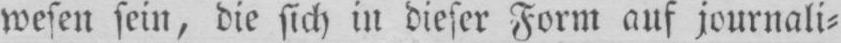
wesen sein, die sich in dieser Form auf journali⸗